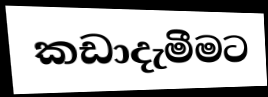
කඩාදැමීමට